Leaving Certificate Examination, 1923
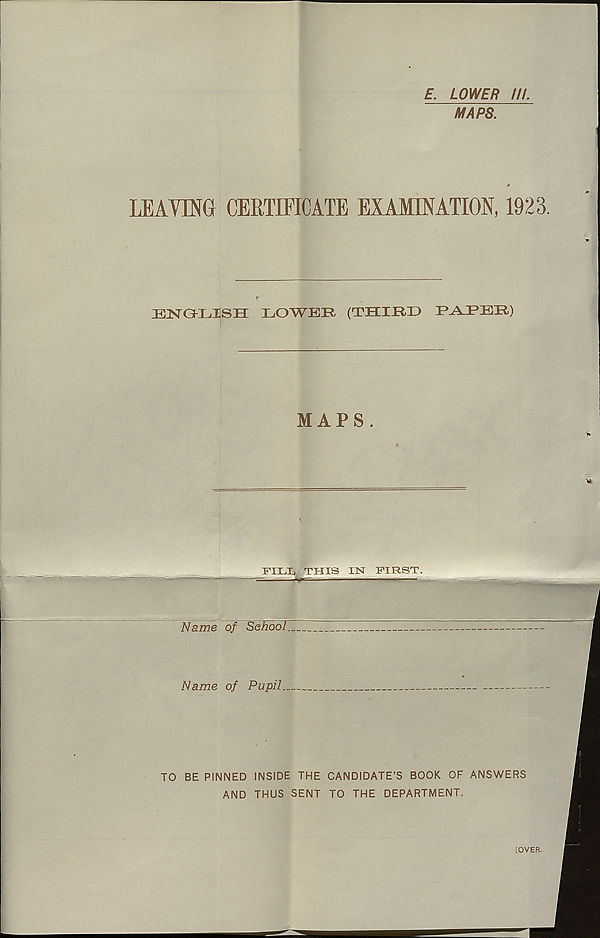
£. LOWER ///.
MAPS.
LEAVING CERTIFICATE EXAMINATION, 1923.
ENGLISH LOWER (THIRD RA-RBR)
MAPS .
FILL THIS IN FIRST.
TO BE PINNED INSIDE THE CANDIDATE'S BOOK OF ANSWERS
AND THUS SENT TO THE DEPARTMENT.
[OVER.